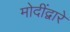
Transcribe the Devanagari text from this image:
मोदींद्वारे